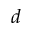
d